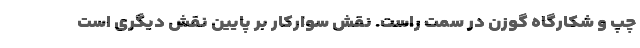
چپ و شکارگاه گوزن در سمت راست. نقش سوارکار بر پایین نقش دیگری است